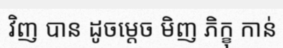
វិញ បាន ដូចម្តេច មិញ ភិក្ខុ កាន់